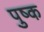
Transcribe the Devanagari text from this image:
पुष्क